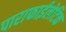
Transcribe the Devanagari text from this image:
पाराफाईलेटिक